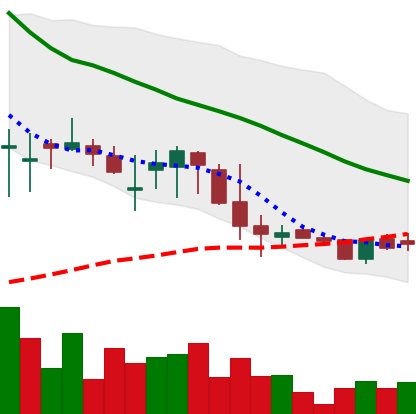
Ticker: DOGE-USD
Chart end date: 2018-05-31
Forward return: 7.534%
Label: up_7plus